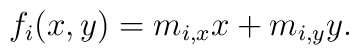
f_{i}(x,y)=m_{i,x} x+m_{i,y} y.